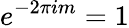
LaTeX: e^{-2\pi im}=1